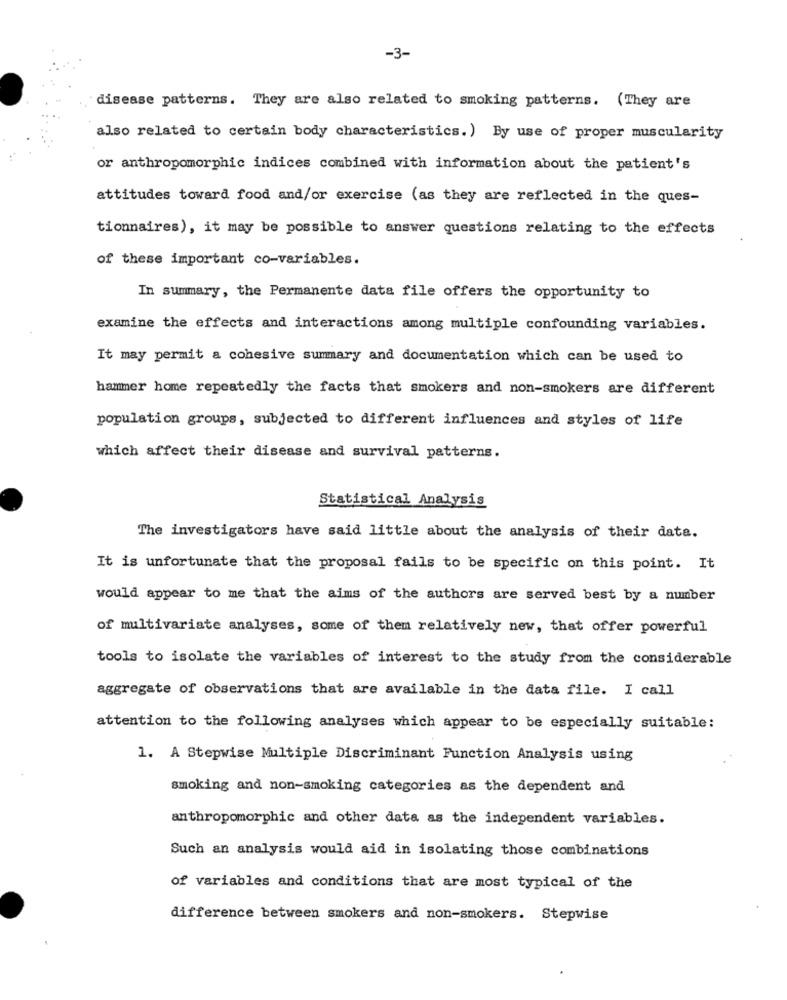
-3-
disease patterns. They are also related to smoking patterns. (They are
also related to certain body characteristics.) By use of proper muscularity
or anthropomorphic indices combined with information about the patient's
attitudes toward food and/or exercise (as they are reflected in the ques-
tionnaires), it may be possible to answer questions relating to the effects
of these important co-variables.
In summary, the Permanente data file offers the opportunity to
examine the effects and interactions among multiple confounding variables.
It may permit a cohesive summary and documentation which can be used to
hammer home repeatedly the facts that smokers and non-smokers are different
population groups, subjected to different influences and styles of life
which affect their disease and survival patterns.
Statistical Analysis
The investigators have said little about the analysis of their data.
It is unfortunate that the proposal fails to be specific on this point. It
would appear to me that the aims of the authors are served best by a number
of multivariate analyses, some of them relatively new, that offer powerful
tools to isolate the variables of interest to the study from the considerable
aggregate of observations that are available in the data file. I call
attention to the following analyses which appear to be especially suitable:
1. A Stepwise Multiple Discriminant Function Analysis using
smoking and non-smoking categories as the dependent and
anthropomorphic and other data as the independent variables.
Such an analysis would aid in isolating those combinations
of variables and conditions that are most typical of the
difference between smokers and non-smokers. Stepwise